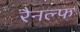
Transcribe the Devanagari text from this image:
रैनल्फ